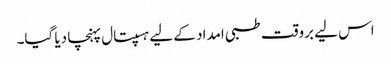
اس لیے بروقت طبی امداد کے لیے ہسپتال پہنچا دیا گیا۔